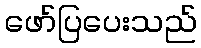
ဖော်ပြပေးသည်